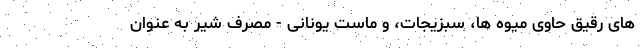
های رقیق حاوی میوه ها، سبزیجات، و ماست یونانی - مصرف شیر به عنوان